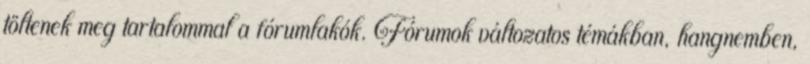
töltenek meg tartalommal a fórumlakók. Fórumok változatos témákban, hangnemben,